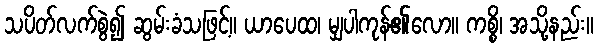
သပိတ်လက်စွဲ၍ ဆွမ်းခံသဖြင့်။ ယာပေထ၊ မျှပါကုန်၏လော။ ကစ္စိ၊ အသို့နည်း။